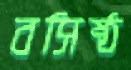
বসিষ্ঠ